Indian Civil Veterinary Department memoirs
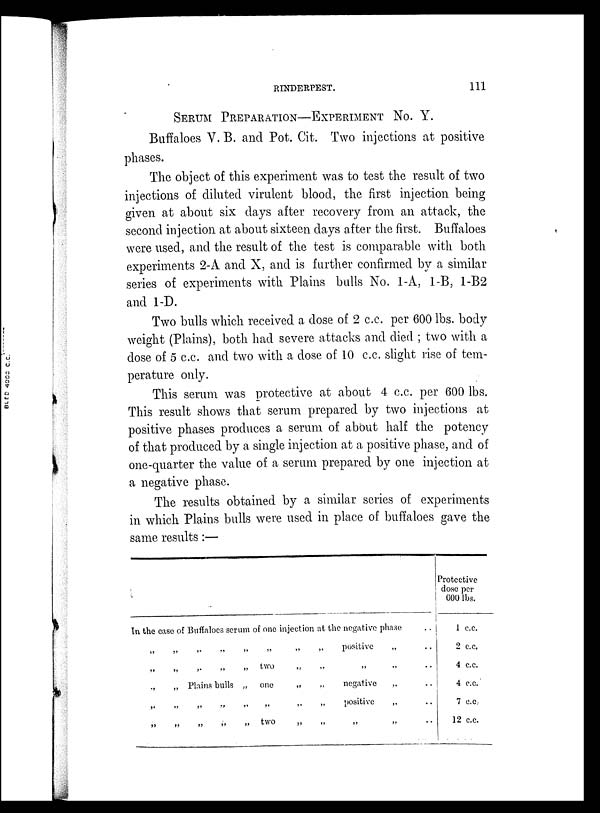
RINDERPEST.
111
SERUM PREPARATION-EXPERIMENT NO. Y.
Buffaloes V. B. and Pot. Cit. Two injections at positive
phases.
The object of this experiment was to test the result of two
injections of diluted virulent blood, the first injection being
given at about six days after recovery from an attack, the
second injection at about sixteen days after the first. Buffaloes
were used, and the result of the test is comparable with both
experiments 2-A and X, and is further confirmed by a similar
series of experiments with Plains bulls No. 1-A, 1-B, 1-B2
and 1-D.
Two bulls which received a dose of 2 c.c. per 600 lbs. body
weight (Plains), both had severe attacks and died ; two with a
dose of 5 c.c. and two with a dose of 10 c.c. slight rise of tem-
perature only.
This serum was protective at about 4 c.c. per 600 lbs.
This result shows that serum prepared by two injections at
positive phases produces a serum of about half the potency
of that produced by a single injection at a positive phase, and of
one-quarter the value of a serum prepared by one injection at
a negative phase.
The results obtained by a similar series of experiments
in which Plains bulls were used in place of buffaloes gave the
same results:—
In the case of Buffaloes serum of one injection at the negative phase
„
„
„
„
„
„
„
„
„
positive
„
„ „ „ „ „
two „ „ „ „ ..
„
„ Plains bulls „ one
„
„
negative
„ ..
„
„
„
„
„
„
„
„
positive
„ ..
„ „ „ „ „ two
„
„
„
„
..
Protective
dose per
600 lbs.
1 c.c.
2 c.c.
4 c.c.
4 c.c.
7 c.c
12 c.c.